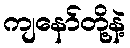
ကျနော်တို့နဲ့